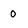
Character: o